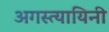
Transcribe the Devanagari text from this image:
अगस्त्यायिनी